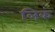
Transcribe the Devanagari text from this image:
लिकं